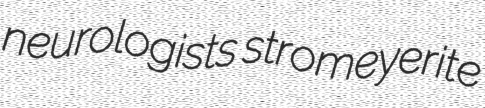
neurologists stromeyerite